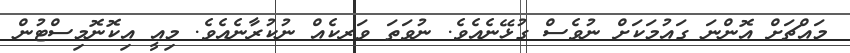
މައްޗަށް އޮންނަ ގައުމަކަށް ނުވެސް ގުޅޭނެއެވެ. ނުވަތަ ވަރކެއް ނުކުރާނެއެވެ. މިއީ އިކޮނޮމިސްޓުން